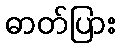
ဓာတ်ပြား